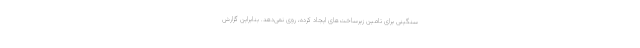
سنگینی برای تامین زیرساخت‌های ایجاد کرده، روی نمی‌دهد. بنابراین گزارش